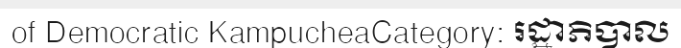
of Democratic KampucheaCategory: រដ្ឋាភិបាល